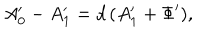
A _ { 0 } ^ { \prime } - A _ { 1 } ^ { \prime } = d \, ( A _ { 1 } ^ { \prime } + \Phi ^ { \prime } ) ,